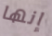
إنها